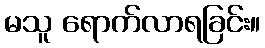
မသူ ရောက်လာရခြင်း။